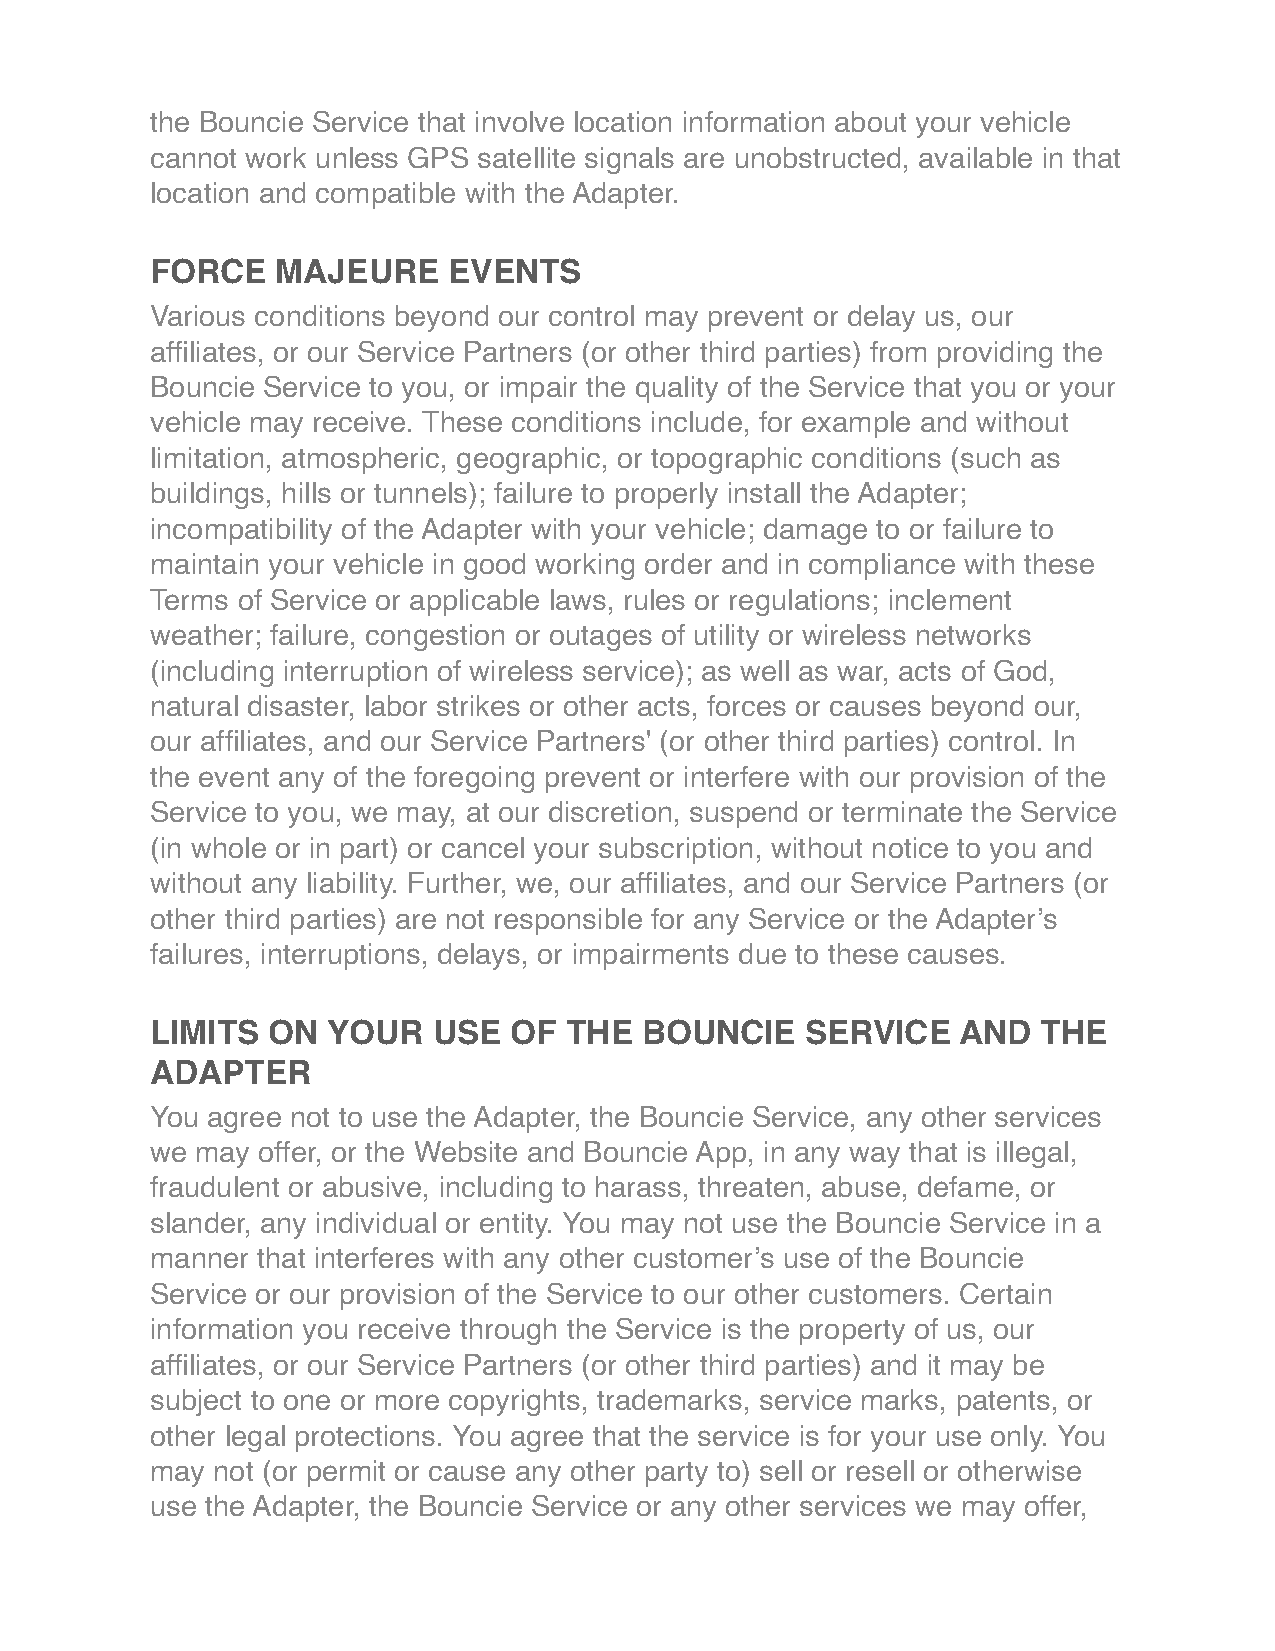
the Bouncie Service that involve location information about your vehicle
 cannot work unless GPS satellite signals are unobstructed, available in that
 location and compatible with the Adapter.
 FORCE   MAJEURE     EVENTS
 Various conditions beyond our control may prevent or delay us, our
 affiliates, or our Service Partners (or other third parties) from providing the
 Bouncie Service to you, or impair the quality of the Service that you or your
 vehicle may receive. These conditions include, for example and without
 limitation, atmospheric, geographic, or topographic conditions (such as
 buildings, hills or tunnels); failure to properly install the Adapter;
 incompatibility of the Adapter with your vehicle; damage to or failure to
 maintain your vehicle in good working order and in compliance with these
 Terms of Service or applicable laws, rules or regulations; inclement
 weather; failure, congestion or outages of utility or wireless networks
 (including interruption of wireless service); as well as war, acts of God,
 natural disaster, labor strikes or other acts, forces or causes beyond our,
 our affiliates, and our Service Partners' (or other third parties) control. In
 the event any of the foregoing prevent or interfere with our provision of the
 Service to you, we may, at our discretion, suspend or terminate the Service
 (in whole or in part) or cancel your subscription, without notice to you and
 without any liability. Further, we, our affiliates, and our Service Partners (or
 other third parties) are not responsible for any Service or the Adapter’s
 failures, interruptions, delays, or impairments due to these causes.
 LIMITS  ON  YOUR   USE  OF THE   BOUNCIE   SERVICE   AND   THE
 ADAPTER
 You agree not to use the Adapter, the Bouncie Service, any other services
 we may offer, or the Website and Bouncie App, in any way that is illegal,
 fraudulent or abusive, including to harass, threaten, abuse, defame, or
 slander, any individual or entity. You may not use the Bouncie Service in a
 manner that interferes with any other customer’s use of the Bouncie
 Service or our provision of the Service to our other customers. Certain
 information you receive through the Service is the property of us, our
 affiliates, or our Service Partners (or other third parties) and it may be
 subject to one or more copyrights, trademarks, service marks, patents, or
 other legal protections. You agree that the service is for your use only. You
 may not (or permit or cause any other party to) sell or resell or otherwise
 use the Adapter, the Bouncie Service or any other services we may offer,